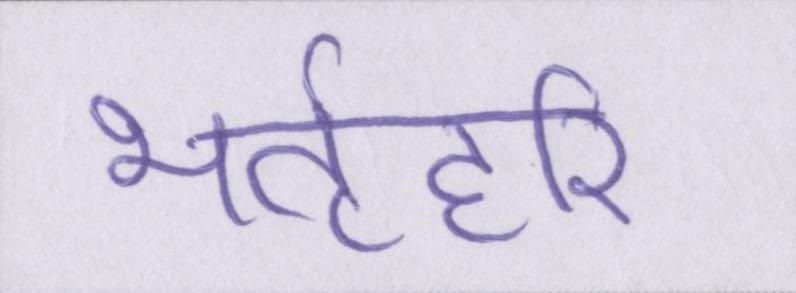
भर्तृहरि